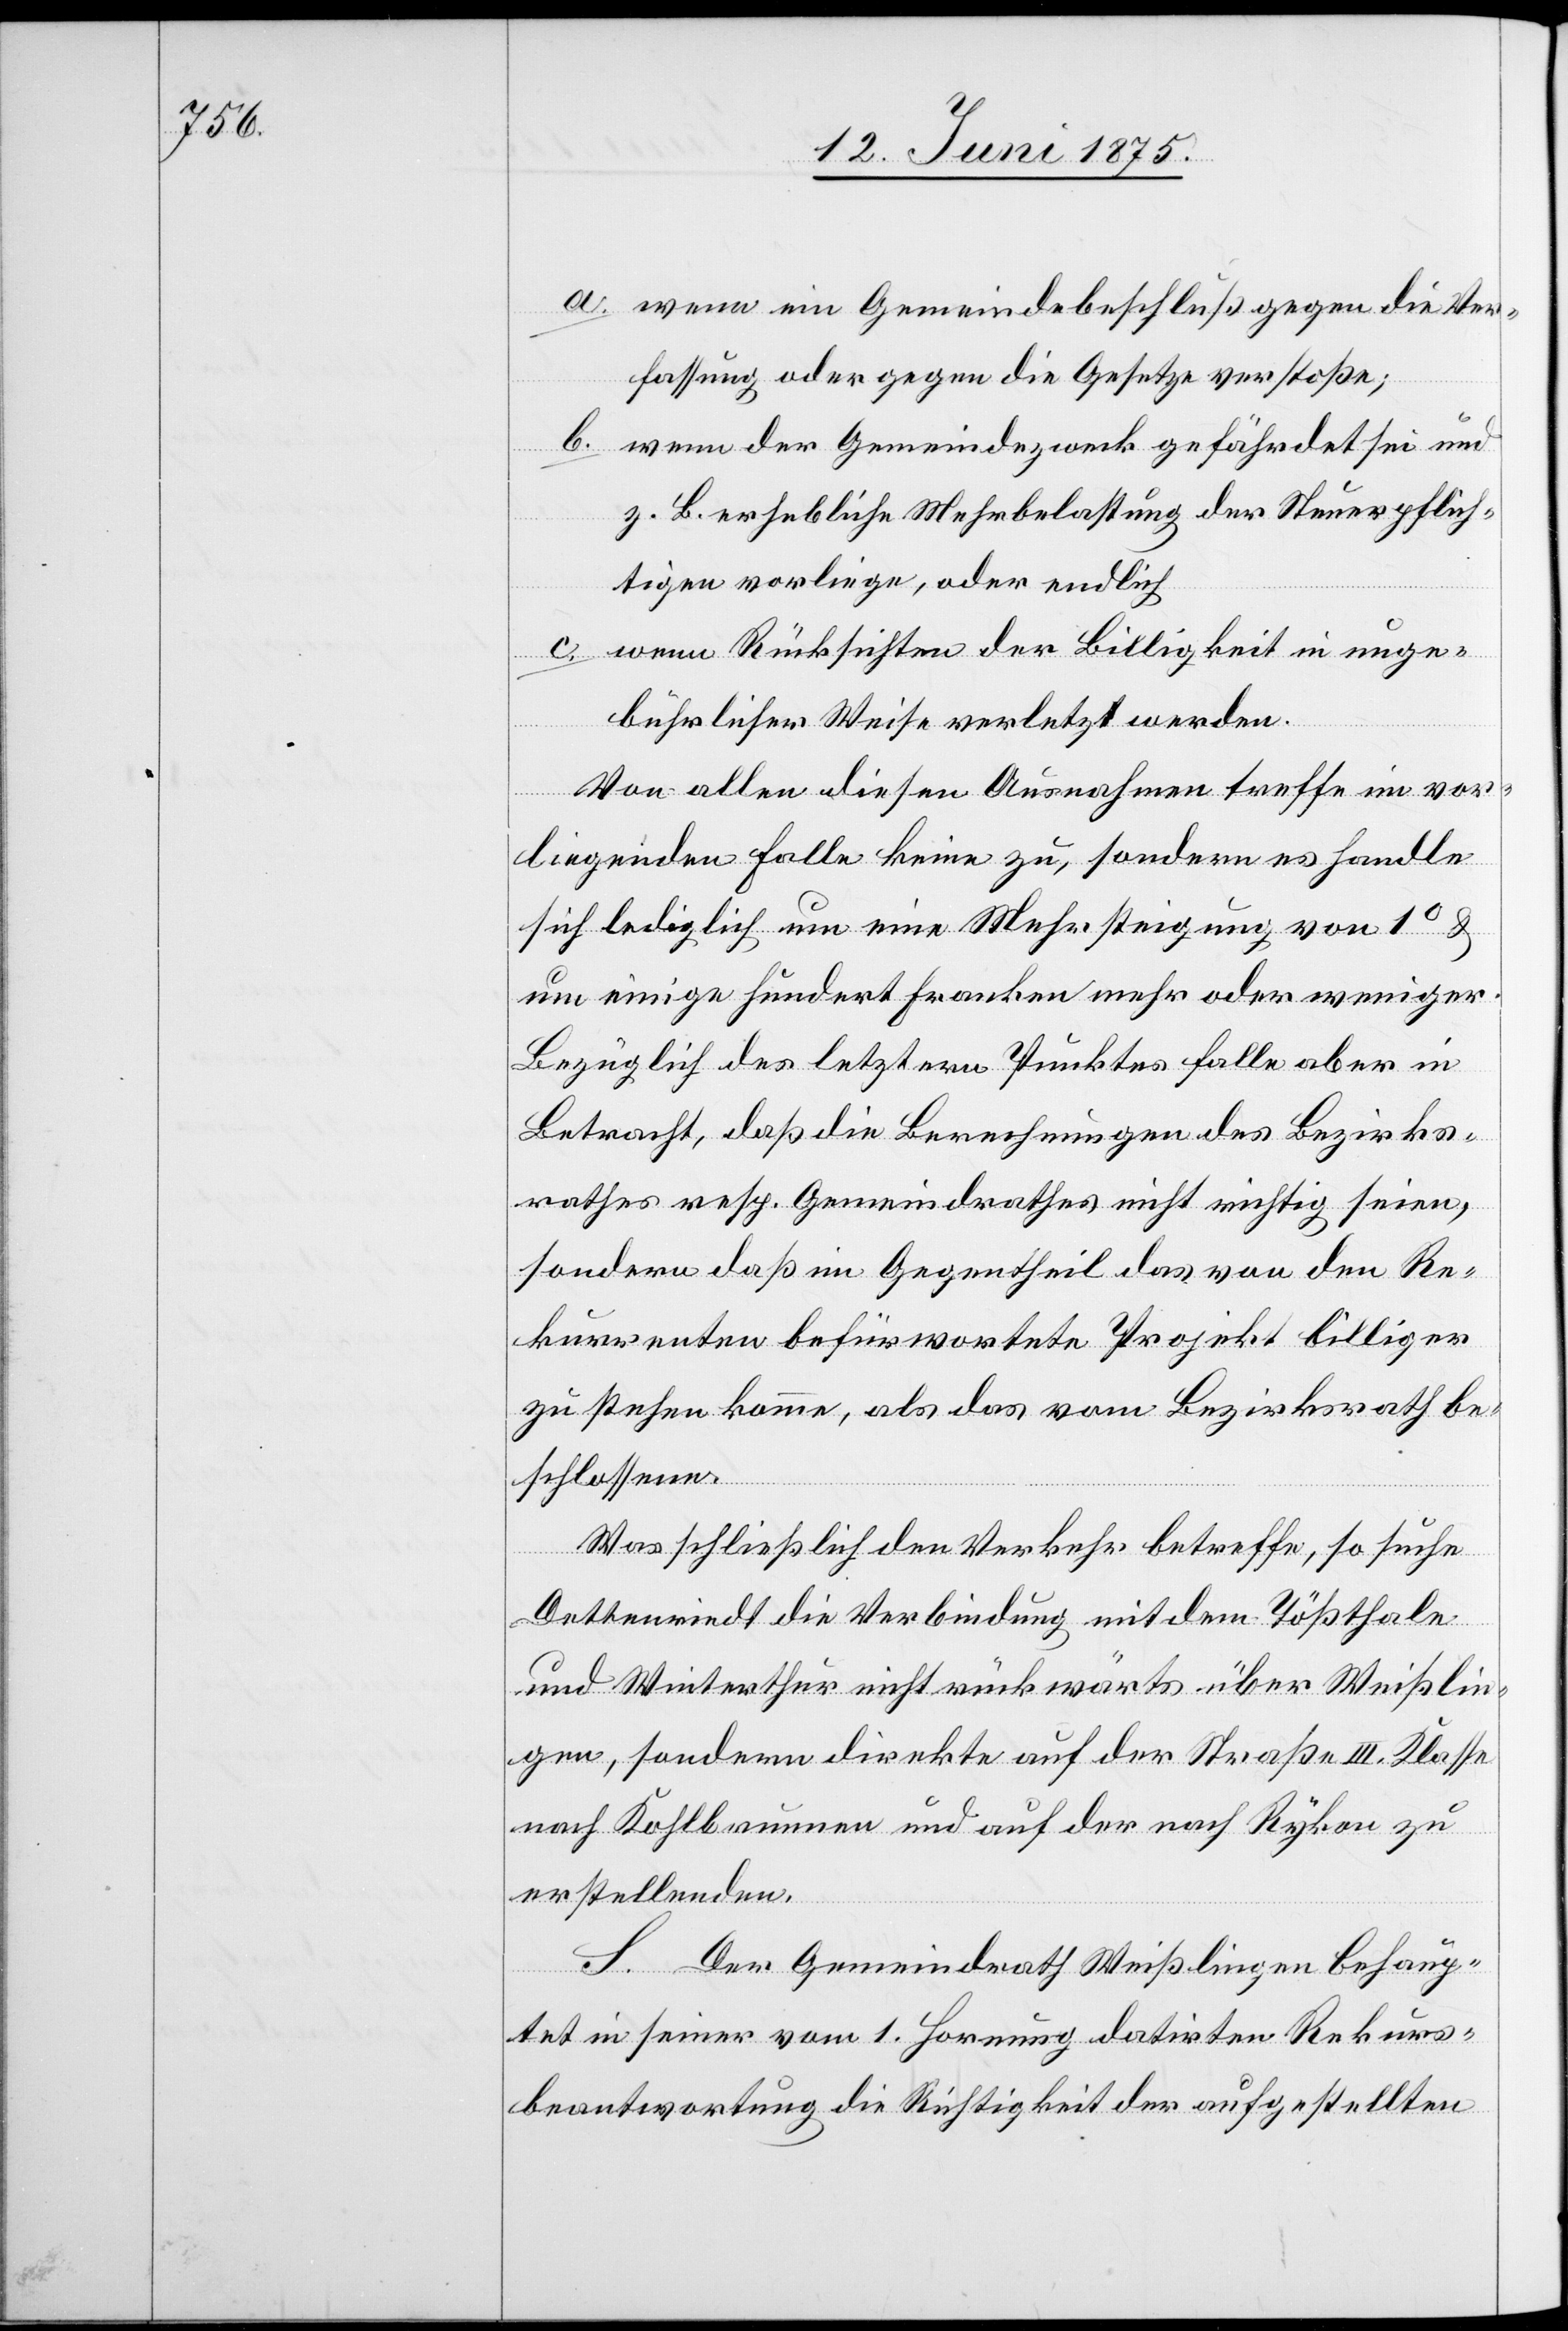
a. wenn ein Gemeindebeschluß gegen die Ver¬
fassung oder gegen die Gesetze verstoße;
b. wenn der Gemeindezweck gefährdet sei und
z. B. erhebliche Mehrbelastung der Steuerpflich¬
tigen vorliege, oder endlich
c. wenn Rücksichten der Billigkeit in unge¬
bührlicher Weise verletzt werden.
Von allen diesen Ausnahmen treffe im vor¬
liegenden Falle keine zu, sondern es handle
sich lediglich um eine Mehrsteigung von 1° &
um einige hundert Franken mehr oder weniger.
Bezüglich des letztern Punktes falle aber in
Betracht, daß die Berechnungen des Bezirks¬
rathes resp. Gemeindrathes nicht richtig seinen,
sondern daß im Gegentheil das von den Re¬
kurrenten befürwortete Projekt billiger
zu stehen komme, als das vom Bezirksrath be¬
schlossene.
Was schließlich den Verkehr betreffe, so suche
Dettenriedt die Verbindung mit dem Tößthale
und Winterthur nicht rückwärts über Weißlin¬
gen, sondern direkt auf der Straße III. Klasse
nach Kohlbrunnen und auf der nach Rykon zu
erstellenden.
S. Der Gemeindrath Weißlingen behaup¬
tet in seiner vom 1. Hornung datirten Rekurs¬
beantwortung die Richtigkeit der aufgestellten